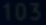
103